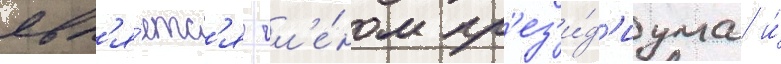
явл'я́етс'я чл'е́ном пр'ез'и́д'иума и́